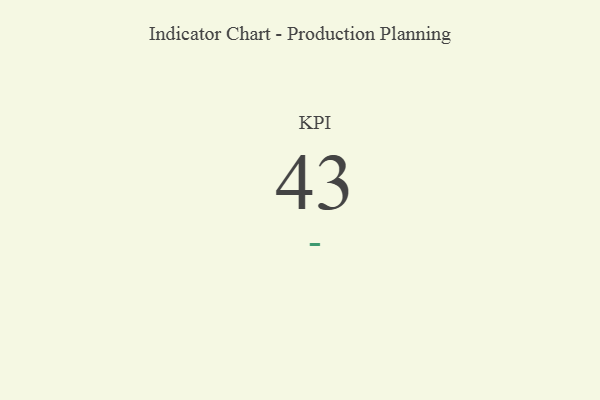
{"axis": {"x": "KPI", "y": "Value"}, "legend": [""], "data": [{"x": "KPI", "y": 43, "type": ""}]}